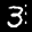
Label: 3